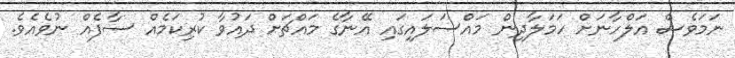
ނަމަވެސް އަލްހާނަށް ހަމަލާދިން މައްސަލައިގައި އޭނާގެ މައްޗަށް ދައުވާ ކުރިކަމެއް ސާފެއް ނުވެއެވެ.